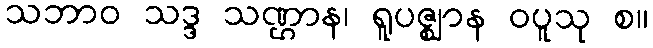
သဘာဝ သဒ္ဒ သဏ္ဌာန၊ ရူပဇ္ဈာန ဝပူသု စ။